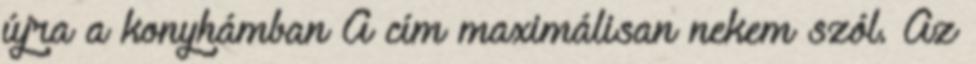
újra a konyhámban A cím maximálisan nekem szól. Az